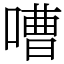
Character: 嘈